Senior Leaving Certificate Examination (including Day School Certificate (Higher) General paper), 1946
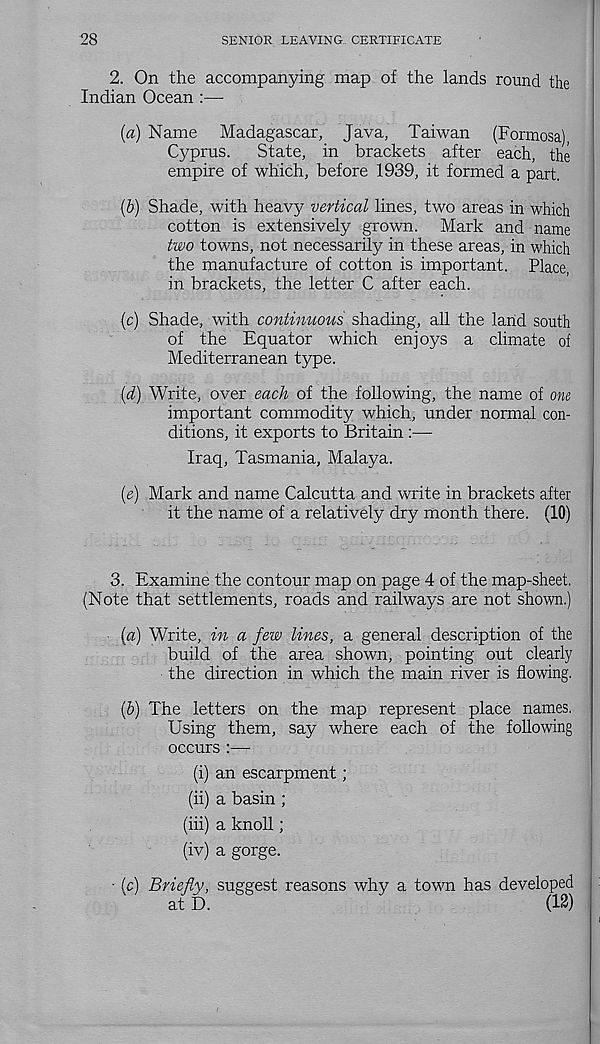
28
SENIOR LEAVING.. CERTIFICATE
2. On the accompanying map of the lands round the
Indian Ocean :—
(a) Name Madagascar, Java, Taiwan (Formosa),
Cyprus.
State, in brackets after each, the
empire of which, before 1939, it formed a part.
(b) Shade, with heavy vertical lines, two areas in which
cotton is extensively grown. Mark and name
two towns, not necessarily in these areas, in which
the manufacture of cotton is important. Place,
in brackets, the letter C after each.
(c) Shade, with continuous shading, all the land south
of the Equator which enjoys a climate of
Mediterranean type.
(d) Write, over each of the following, the name of one
important commodity which, under normal con-
ditions, it exports to Britain
Iraq, Tasmania, Malaya.
(e) Mark and name Calcutta and write in brackets after
it the name of a relatively dry month there. (10)
3. Examine the contour map on page 4 of the map-sheet.
(Note that settlements, roads and railways are not shown.)
(a) Write, in a few lines, a general description of the
build of the area shown, pointing out clearly
the direction in which the main river is flowing.
(&) The letters on the map represent place names.
Using them, say where each of the following
occurs :—
(i) an escarpment;
(ii) a basin ;
(hi) a knoll;
(iv) a gorge.
• (cl Briefly, suggest reasons why a town has developed
at D.
(12)